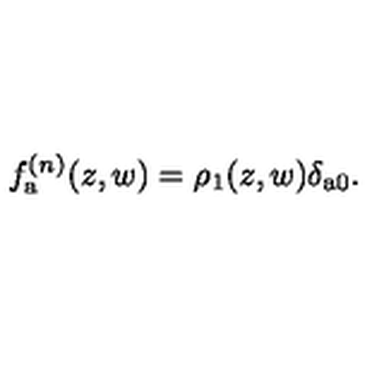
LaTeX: f _ { \mathrm { \footnotesize \boldmath a } } ^ { ( n ) } ( z , w ) = \rho _ { 1 } ( z , w ) \delta _ { \mathrm { \footnotesize \boldmath a 0 } } .